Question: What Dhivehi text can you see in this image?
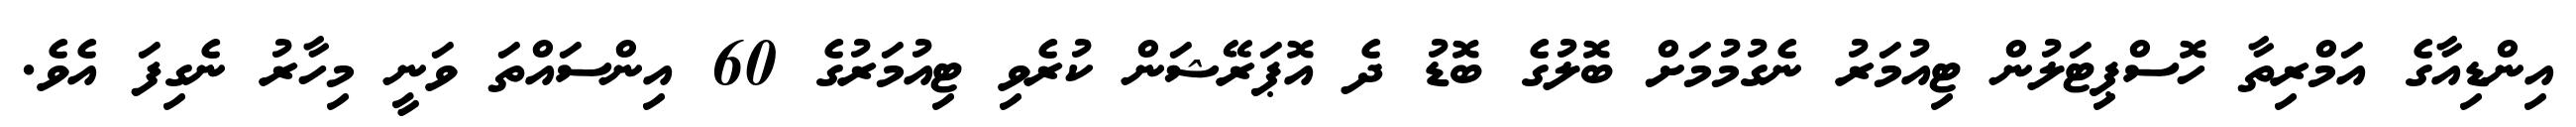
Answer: އިންޑިއާގެ އަމްރިތާ ހޮސްޕިޓަލުން ޓިއުމަރު ނެގުމުމަށް ބޮލުގެ ބޮޑު ދެ އޮޕަރޭޝަން ކުރެވި ޓިއުމަރުގެ 60 އިންސައްތަ ވަނީ މިހާރު ނެގިފަ އެވެ.